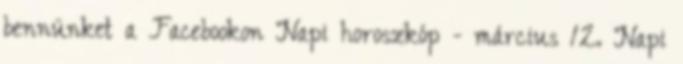
bennünket a Facebookon Napi horoszkóp - március 12. Napi